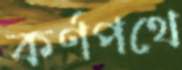
কর্ণপথে